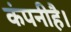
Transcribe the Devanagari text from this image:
कंपनीहै।